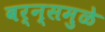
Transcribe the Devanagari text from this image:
बर्न्समुळे